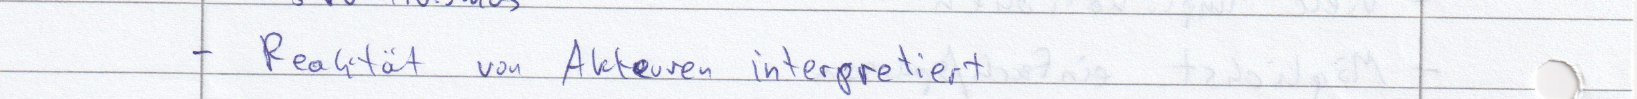
- Realität von Akteuren interpretiert